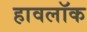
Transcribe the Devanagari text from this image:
हावलॉक